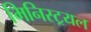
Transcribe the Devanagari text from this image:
मिनिस्ट्रयल